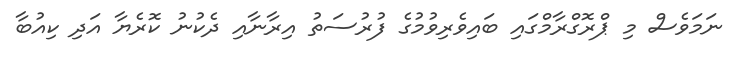
ނަމަވެސް މި ޕްރޮގްރާމްގައި ބައިވެރިވުމުގެ ފުރުސަތު އިރާނާއި ދެކުނު ކޮރެޔާ އަދި ކިއުބާ